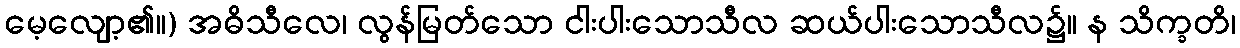
မေ့လျော့၏။) အဓိသီလေ၊ လွန်မြတ်သော ငါးပါးသောသီလ ဆယ်ပါးသောသီလ၌။ န သိက္ခတိ၊